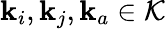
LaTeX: \mathbf{k}_{i},\mathbf{k}_{j},\mathbf{k}_{a}\in\mathcal{K}